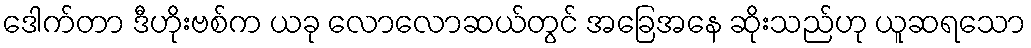
ဒေါက်တာ ဒီဟိုးဗစ်က ယခု လောလောဆယ်တွင် အခြေအနေ ဆိုးသည်ဟု ယူဆရသော